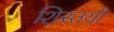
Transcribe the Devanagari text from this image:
शिस्तयों